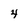
Character: 4